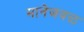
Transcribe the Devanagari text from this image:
मानेजवळ